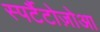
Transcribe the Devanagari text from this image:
स्पर्टैटोज़ोआ